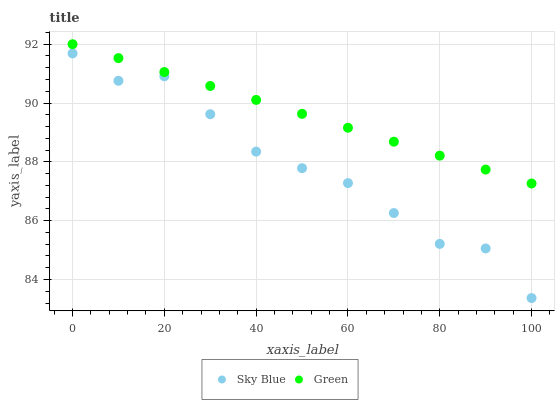
| xaxis_label | Sky Blue | Green |
 | --- | --- | --- |
 | 0 | 91.7 | 92 |
 | 10 | 90.8 | 91.5 |
 | 20 | 90.9 | 91.1 |
 | 30 | 89.6 | 90.6 |
 | 40 | 88.3 | 90.1 |
 | 50 | 87.8 | 89.6 |
 | 60 | 87.3 | 89.2 |
 | 70 | 86.3 | 88.7 |
 | 80 | 85.2 | 88.2 |
 | 90 | 85.1 | 87.7 |
 | 100 | 83.4 | 87.3 |